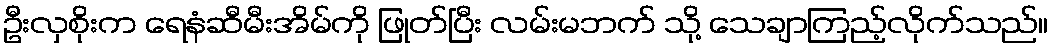
ဦးလှစိုးက ရေနံဆီမီးအိမ်ကို ဖြုတ်ပြီး လမ်းမဘက် သို့ သေချာကြည့်လိုက်သည်။